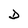
Character: D